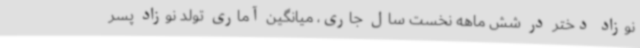
نوزاد دختر در شش ماهه نخست سال جاری، میانگین آماری تولد نوزاد پسر